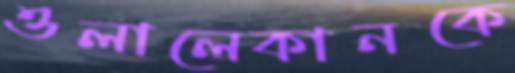
ওলালেকানকে